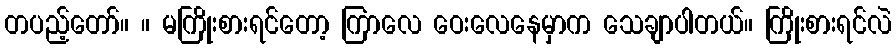
တပည့်တော်။ ။ မကြိုးစားရင်တော့ ကြာလေ ဝေးလေနေမှာက သေချာပါတယ်။ ကြိုးစားရင်လဲ